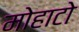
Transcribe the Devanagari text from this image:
मोहाटो